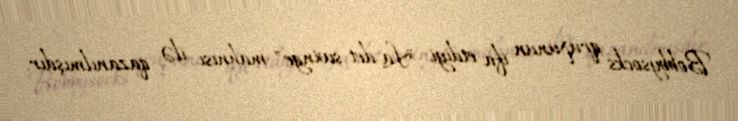
Bobbysocks qrupunun ifa etdiyi "La det swinge" mahnısı ilə qazanılmışdır.